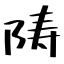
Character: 陦